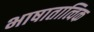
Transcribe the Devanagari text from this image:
भाषातात्विक